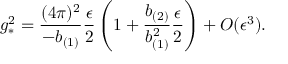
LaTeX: g _ { * } ^ { 2 } = \frac { ( 4 \pi ) ^ { 2 } } { - b _ { ( 1 ) } } \frac { \epsilon } { 2 } \left( 1 + \frac { b _ { ( 2 ) } } { b _ { ( 1 ) } ^ { 2 } } \frac { \epsilon } { 2 } \right) + { \cal O } ( \epsilon ^ { 3 } ) .